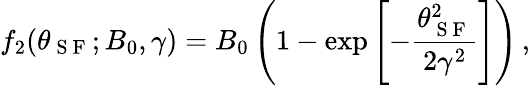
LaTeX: f_{2}(\theta_{\mathrm{~S~F~}};B_{0},\gamma)=B_{0}\left(1-\exp{\left[-\frac{\theta_{\mathrm{~S~F~}}^{2}}{2{\gamma}^{2}}\right]}\right)\, ,